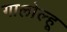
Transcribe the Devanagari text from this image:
गालोल्हू